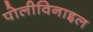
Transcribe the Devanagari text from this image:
पोलीविनाइल